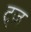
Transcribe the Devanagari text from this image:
ट्ज़